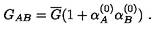
G _ { A B } = \overline { G } ( 1 + \alpha _ { A } ^ { ( 0 ) } \alpha _ { B } ^ { ( 0 ) } ) \ .